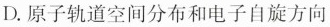
D.原子轨道空间分布和电子自旋方向